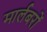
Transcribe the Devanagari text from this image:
मार्लबरों